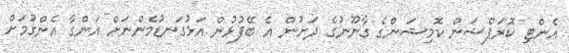
އެންޓި ކޮރަޕްޝަން ކޮމިޝަންގެ ގާނޫނުގެ ދަށުން އެ ބޭފުޅުން އަޅުގަނޑުމެންނަށް އަންގާ އެންގުމަށް